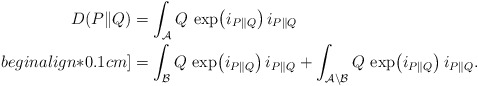
\begin{align*}D(P\|Q) & = \int_{\mathcal{A}} Q \, \exp\bigl(i_{P \| Q}\bigr) \, i_{P \| Q} \\begin{align*}0.1cm]& = \int_{\mathcal{B}} Q \, \exp\bigl(i_{P \| Q}\bigr) \, i_{P \| Q} +\int_{\mathcal{A} \setminus \mathcal{B}} Q \, \exp\bigl(i_{P \| Q}\bigr) \, i_{P \| Q}.\end{align*}